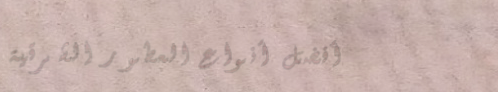
أفضل أنواع العطور الشرقية